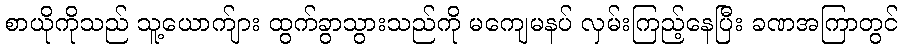
စာယိုကိုသည် သူ့ယောက်ျား ထွက်ခွာသွားသည်ကို မကျေမနပ် လှမ်းကြည့်နေပြီး ခဏအကြာတွင်